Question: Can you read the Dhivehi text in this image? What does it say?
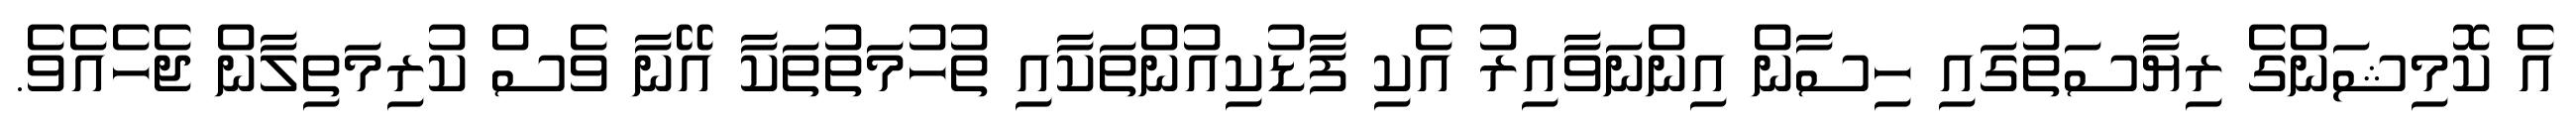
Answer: އެ ކޮމިޝަންގެ ރިޔާސަތުގައި ހިސާން އިންނަވާއިރު އެކި ފާޑުކިއުންތަކާއި ތުހުމަތުތަކާ އޭނާ ވެސް ކުރިމަތިލާން ޖެހެއެވެ.